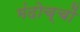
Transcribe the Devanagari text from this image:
मंदोच्चों